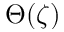
\Theta ( \zeta )